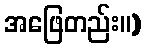
အဖြေတည်း။)